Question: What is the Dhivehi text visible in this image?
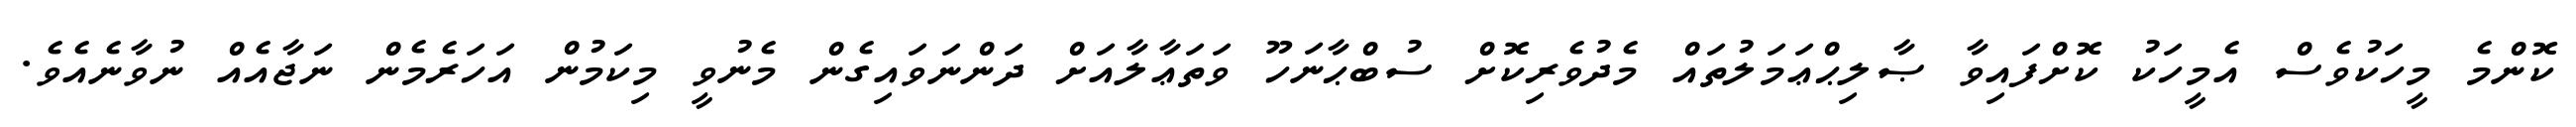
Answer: ކޮންމެ މީހަކުވެސް އެމީހަކު ކޮށްފައިވާ ޞާލިޙްޢަމަލުތައް މެދުވެރިކޮށް ސުބްޙާނަހޫ ވަތަޢާލާއަށް ދަންނަވައިގެން މެނުވީ މިކަމުން އަހަރެމެން ނަޖާއެއް ނުވާނެއެވެ.